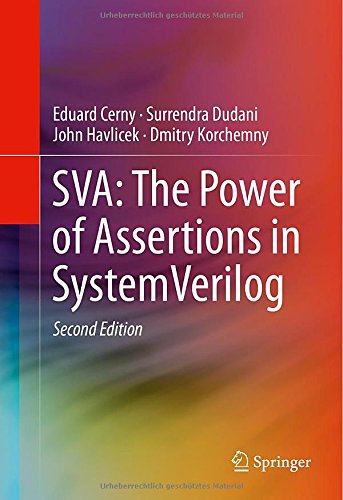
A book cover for SVA: The Power of Assertions in SystemVerilog; Eduard Cerny; Computers & Technology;